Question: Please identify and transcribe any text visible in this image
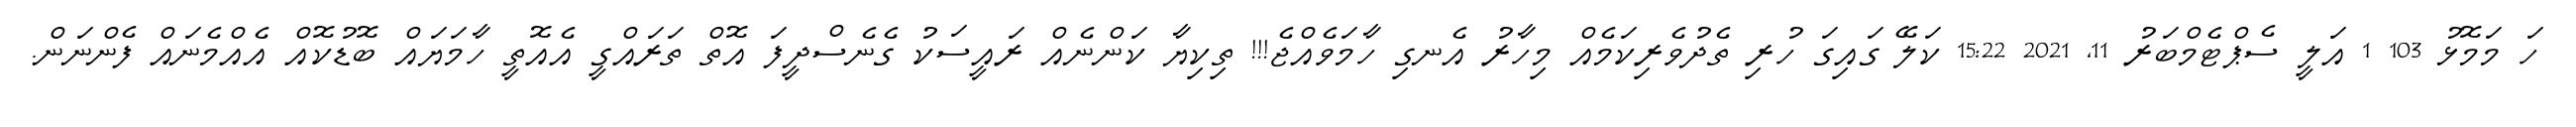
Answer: ހަ މަމޮޅު 103 1 އަލީ ސެޕްޓެމްބަރު 11, 2021 15:22 ކަލޭ ގައިގަ ހުރި ތެދުވެރިކަމެއް މިހާރު އެނގި ހާމަވެއްޖެ!!! ތިކިޔާ ކަންނެއް ރައީސަކު ގެނެސްދީފަ އޮތް ތަރައްގީ އެއޮތީ ހާމަޔައް ބޮޑުކޮއް އެއްމެނައް ފެންނަން.